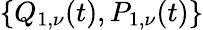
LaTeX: \{ Q_{1,\nu}(t),P_{1,\nu}(t)\}